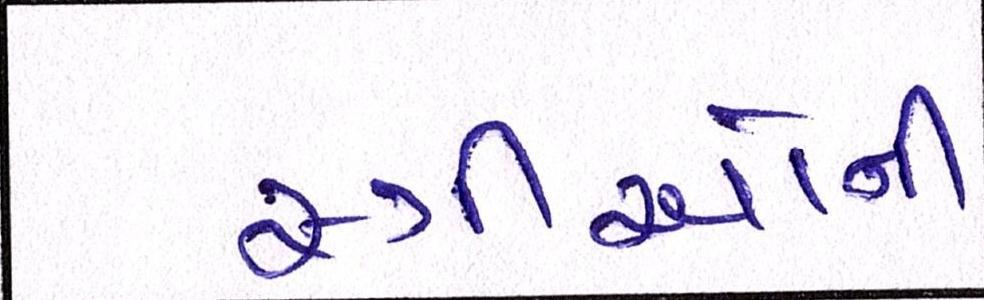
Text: સ્ત્રીઓની